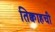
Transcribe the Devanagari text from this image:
तिक्वाहची